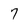
Character: 7